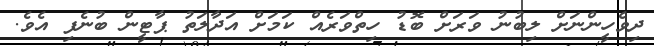
ދިވެހީންނަށް ލިބުނު ވަރަށް ބޮޑު ހިތްވަރެއް ކަމަށް އަދާލަތު ޕާޓީން ބުނެފި އެވެ.